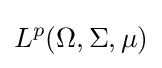
L^{p}(\Omega ,\Sigma ,\mu )